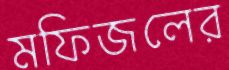
মফিজলের